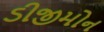
ડીજીમોન